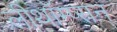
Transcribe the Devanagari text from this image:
लीथॉम्प्सन